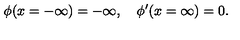
\phi ( x = - \infty ) = - \infty , \quad \phi ^ { \prime } ( x = \infty ) = 0 .